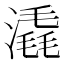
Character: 𣾽